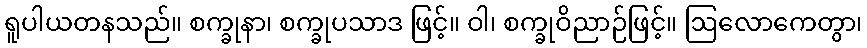
ရူပါယတနသည်။ စက္ခုနာ၊ စက္ခုပသာဒ ဖြင့်။ ဝါ၊ စက္ခုဝိညာဉ်ဖြင့်။ ဩလောကေတွာ၊